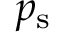
p _ { \mathrm { s } }